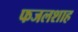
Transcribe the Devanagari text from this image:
फजलशाह